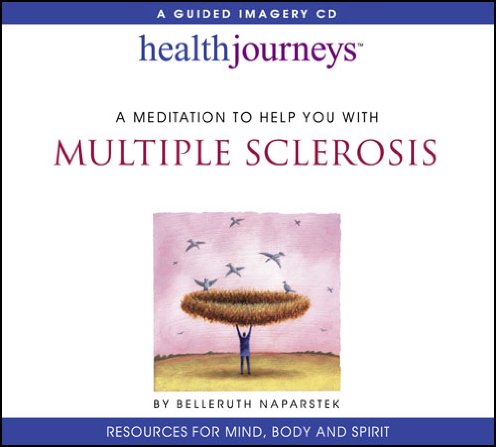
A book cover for A Meditation to Help You with Multiple Sclerosis; Belleruth Naparstek; Health, Fitness & Dieting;